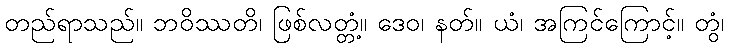
တည်ရာသည်။ ဘဝိဿတိ၊ ဖြစ်လတ္တံ့။ ဒေဝ၊ နတ်။ ယံ၊ အကြင်ကြောင့်။ တွံ၊